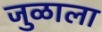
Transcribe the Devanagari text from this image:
जुळाला